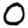
Digit: 0